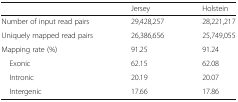
|  | Jersey | Holstein |
 | --- | --- | --- |
 | Number of input read pairs | 29,428,257 | 28,221,217 |
 | Uniquely mapped read pairs | 26,386,656 | 25,749,055 |
 | Mapping rate (%) | 91.25 | 91.24 |
 | Exonic | 62.15 | 62.08 |
 | Intronic | 20.19 | 20.07 |
 | Intergenic | 17.66 | 17.86 |